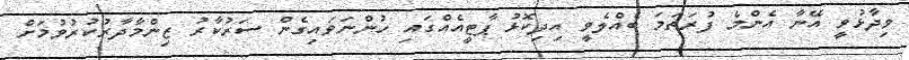
ވިދާޅުވީ އޭނާ އެންމެ ފުރަތަމަ ބެއްލެވީ އިދިކޮޅު ޕާޓީއެއްގައި ހުންނަވައިގެން ސަރުކާރު ޒިންމާދާރުކުރުވުމަށް